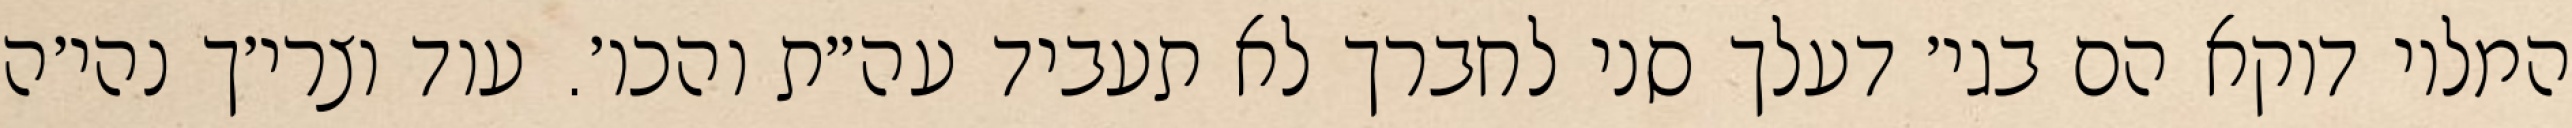
המלוי דוקא הם בגי׳ דעלך סני לחברך לא תעביד עה״ת והכו׳. עוד וצרי׳ך נהי׳ה